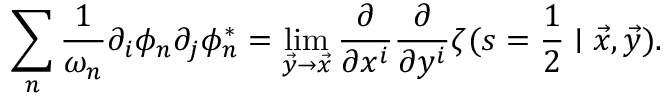
\sum _ { n } \frac { 1 } { \omega _ { n } } \partial _ { i } \phi _ { n } \partial _ { j } \phi _ { n } ^ { * } = \operatorname * { l i m } _ { \vec { y } \rightarrow \vec { x } } \frac { \partial } { \partial x ^ { i } } \frac { \partial } { \partial y ^ { i } } \zeta ( s = \frac { 1 } { 2 } \mid \vec { x } , \vec { y } ) .